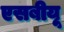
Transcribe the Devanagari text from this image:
एसबीयू